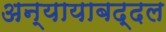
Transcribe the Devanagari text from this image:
अन्यायाबद्दल